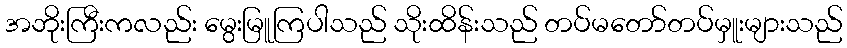
အဘိုးကြီးကလည်း မွေးမြူကြပါသည် သိုးထိန်းသည် တပ်မတော်တပ်မှူးများသည်